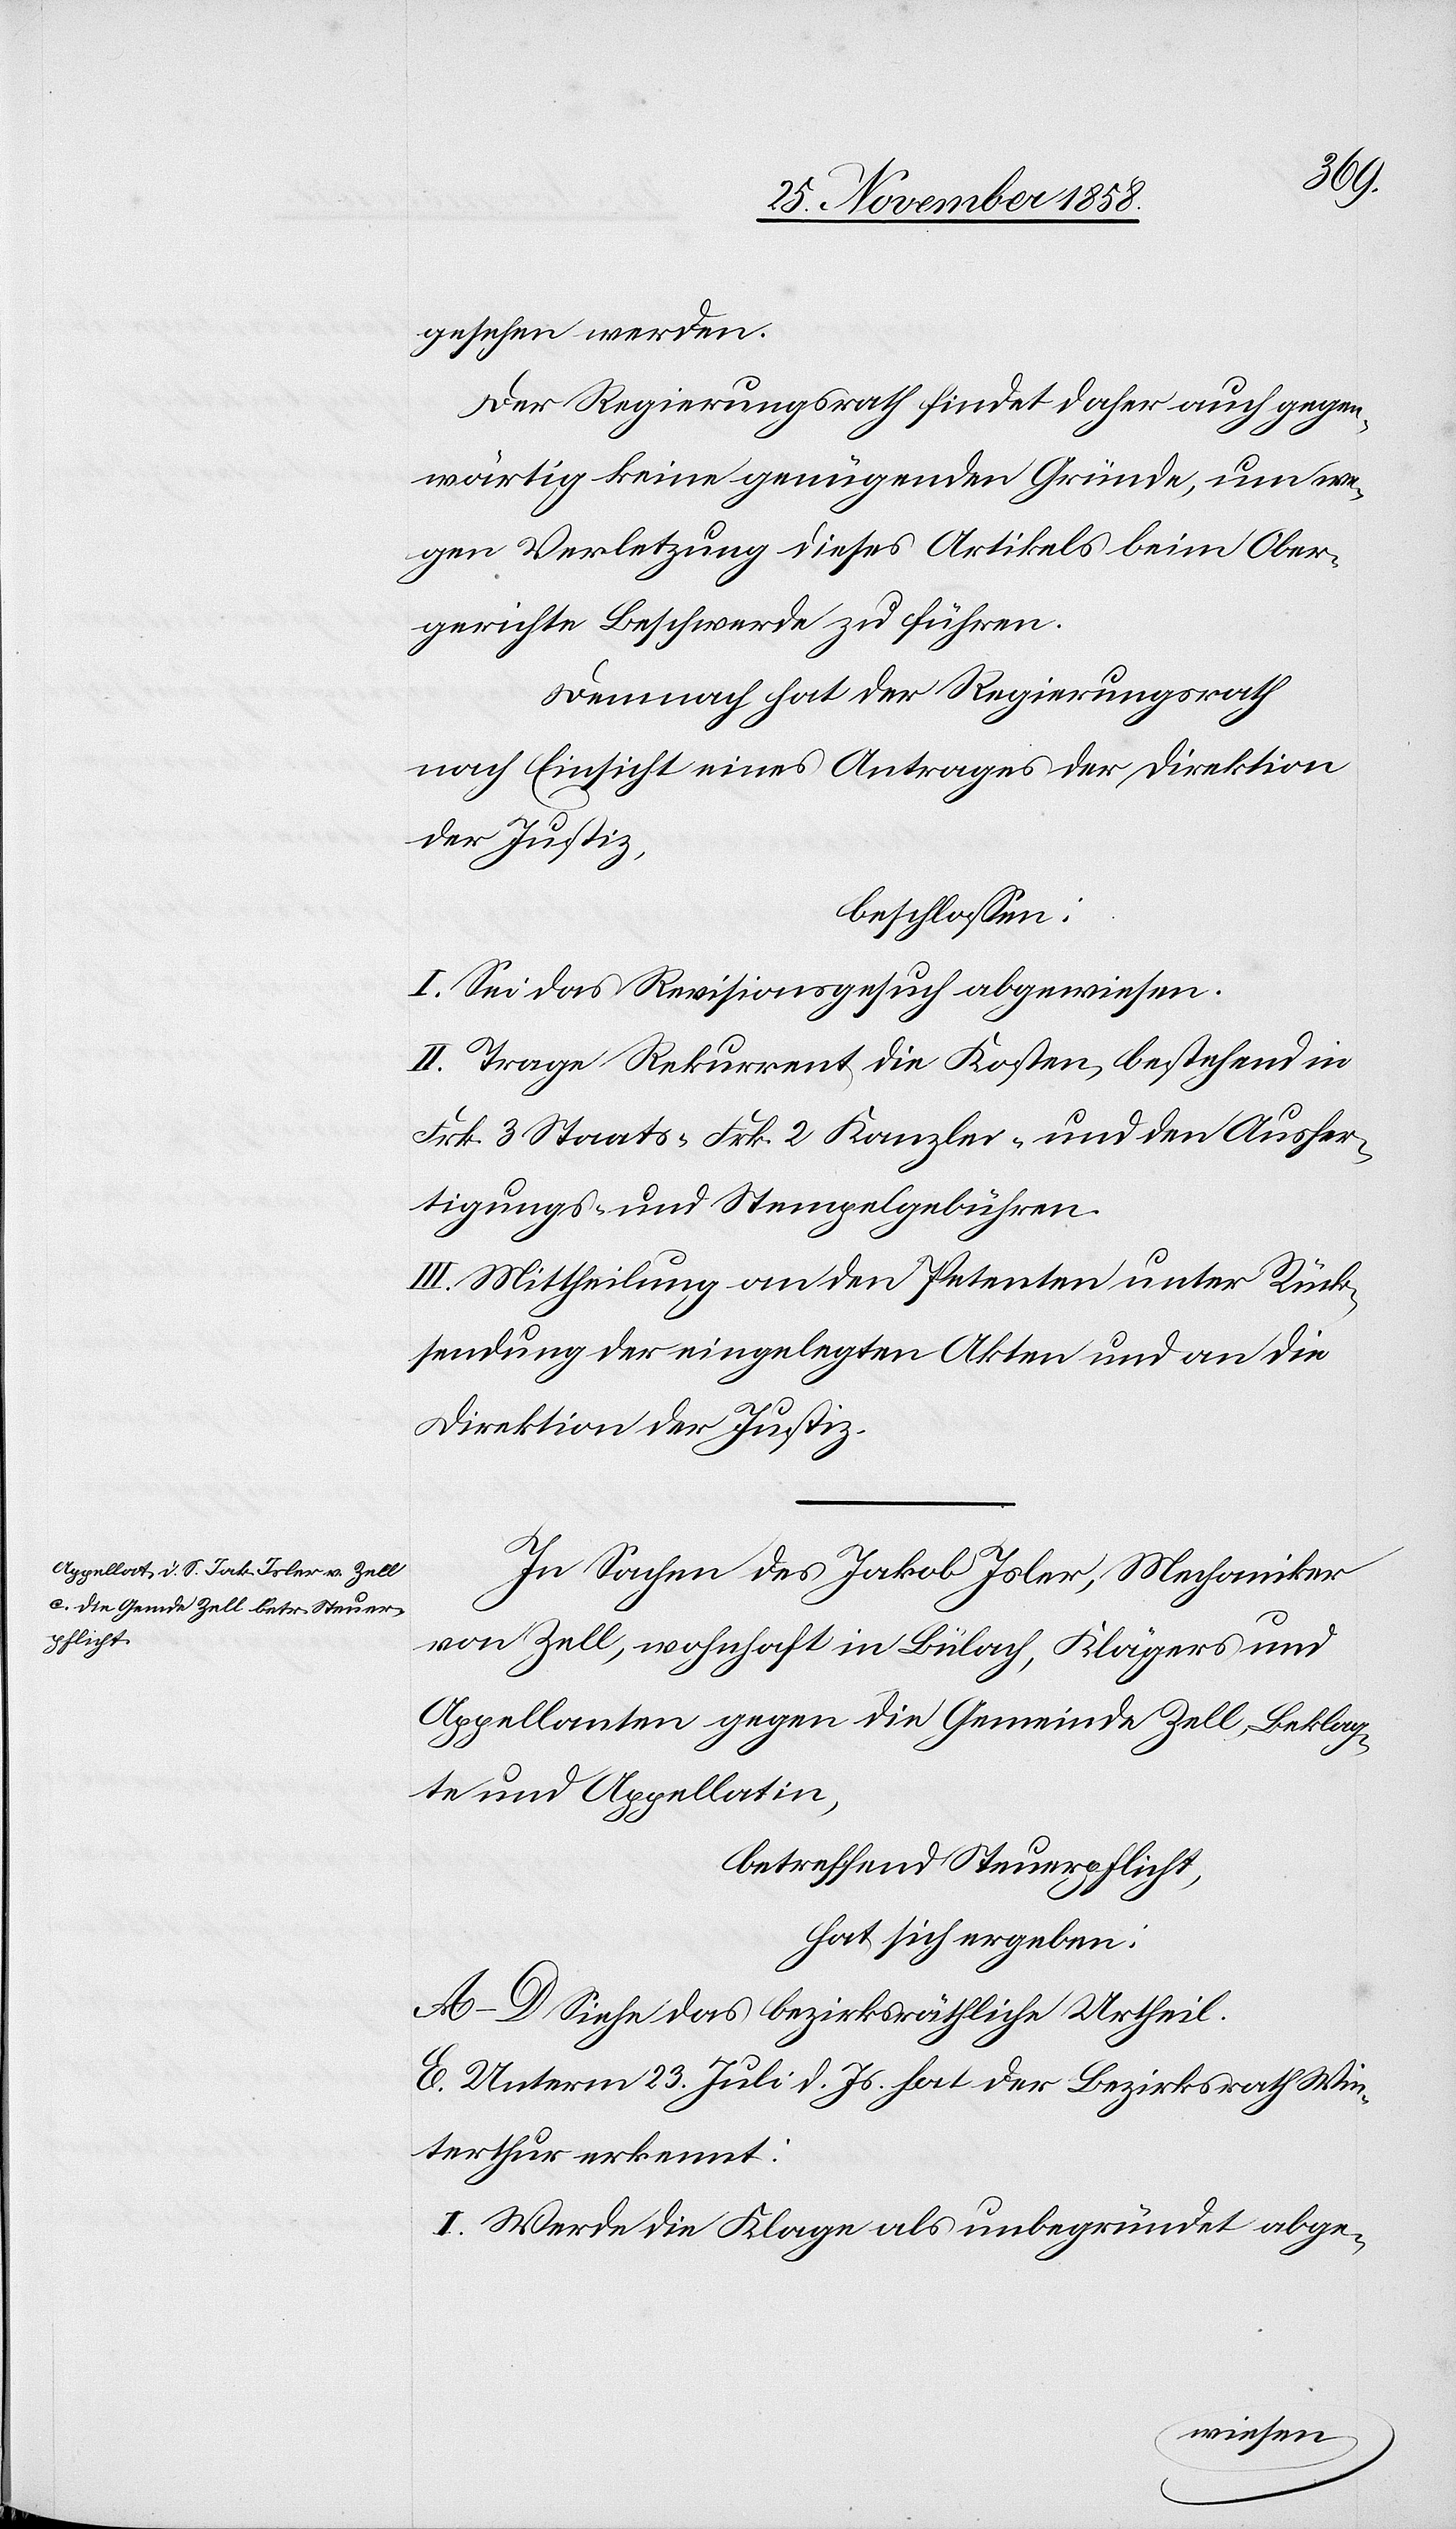
gesehen werden.
Der Regierungsrath findet daher auch gegen¬
wärtig keine genügenden Gründe, um we¬
gen Verletzung dieses Artikels beim Ober¬
gerichte Beschwerde zu führen.
Demnach hat der Regierungsrath
nach Einsicht eines Antrages der Direktion
der Justiz,
beschlossen:
I. Sei das Revisionsgesuch abgewiesen.
II. Trage Rekurrent die Kosten, bestehend in
Frk. 3 Staats-[,] Frk. 2 Kanzlei- und den Ausfer¬
tigungs- und Stempelgebühren.
III. Mittheilung an den Petenten unter Rück¬
sendung der eingelegten Akten und an die
Direktion der Justiz.
I.
In Sachen des Jakob Isler, Mechaniker
von Zell, wohnhaft in Bülach, Klägers und
Appellanten gegen die Gemeinde Zell, Beklag¬
te und Appellatin,
betreffend Steuerpflicht,
hat sich ergeben:
A–D Siehe das bezirksräthliche Urtheil.
E. Unterm 23. Juli d. Js. hat der Bezirksrath Win¬
terthur erkennt:
Werde die Klage als unbegründet abge-